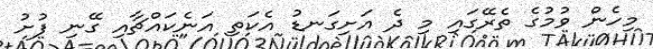
މިހެން ވުމުގެ ތެރޭގައި މި ދެ އަށިގަނޑު އެކަތި އަނެކައްޗާއި ގޭނި ފުށު